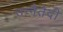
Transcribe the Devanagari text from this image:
उन्नैतेदी